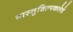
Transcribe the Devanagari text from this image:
वास्तुशिल्पकलेचे